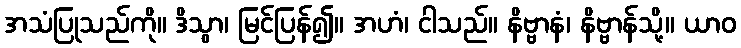
အသံပြုသည်ကို။ ဒိသွာ၊ မြင်ပြန်၍။ အဟံ၊ ငါသည်။ နိဗ္ဗာနံ၊ နိဗ္ဗာန်သို့။ ယာဝ